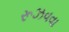
રૂઝવવા